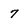
Character: 7